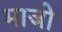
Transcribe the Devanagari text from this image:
माजो